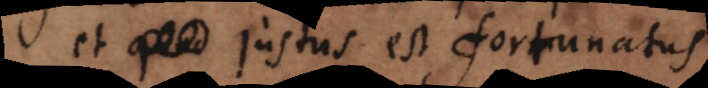
et quod justus est fortunatus.